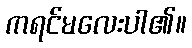
ကရင်မလေးပါ၏။